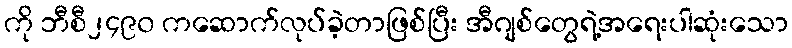
ကို ဘီစီ၂၄၉၀ ကဆောက်လုပ်ခဲ့တာဖြစ်ပြီး အီဂျစ်တွေရဲ့အရေးပါဆုံးသော